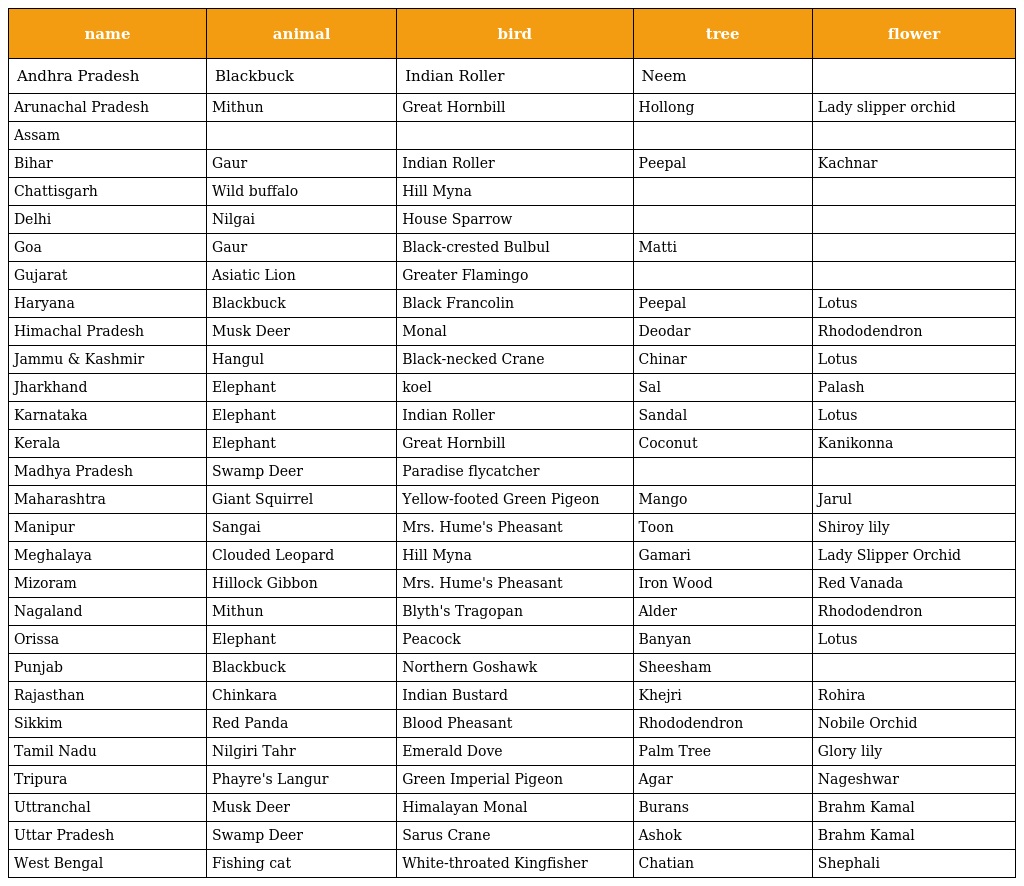
| name | animal | bird | tree | flower |
 | --- | --- | --- | --- | --- |
 | Andhra Pradesh | Blackbuck | Indian Roller | Neem |  |
 | Arunachal Pradesh | Mithun | Great Hornbill | Hollong | Lady slipper orchid |
 | Assam |  |  |  |  |
 | Bihar | Gaur | Indian Roller | Peepal | Kachnar |
 | Chattisgarh | Wild buffalo | Hill Myna |  |  |
 | Delhi | Nilgai | House Sparrow |  |  |
 | Goa | Gaur | Black-crested Bulbul | Matti |  |
 | Gujarat | Asiatic Lion | Greater Flamingo |  |  |
 | Haryana | Blackbuck | Black Francolin | Peepal | Lotus |
 | Himachal Pradesh | Musk Deer | Monal | Deodar | Rhododendron |
 | Jammu & Kashmir | Hangul | Black-necked Crane | Chinar | Lotus |
 | Jharkhand | Elephant | koel | Sal | Palash |
 | Karnataka | Elephant | Indian Roller | Sandal | Lotus |
 | Kerala | Elephant | Great Hornbill | Coconut | Kanikonna |
 | Madhya Pradesh | Swamp Deer | Paradise flycatcher |  |  |
 | Maharashtra | Giant Squirrel | Yellow-footed Green Pigeon | Mango | Jarul |
 | Manipur | Sangai | Mrs. Hume's Pheasant | Toon | Shiroy lily |
 | Meghalaya | Clouded Leopard | Hill Myna | Gamari | Lady Slipper Orchid |
 | Mizoram | Hillock Gibbon | Mrs. Hume's Pheasant | Iron Wood | Red Vanada |
 | Nagaland | Mithun | Blyth's Tragopan | Alder | Rhododendron |
 | Orissa | Elephant | Peacock | Banyan | Lotus |
 | Punjab | Blackbuck | Northern Goshawk | Sheesham |  |
 | Rajasthan | Chinkara | Indian Bustard | Khejri | Rohira |
 | Sikkim | Red Panda | Blood Pheasant | Rhododendron | Nobile Orchid |
 | Tamil Nadu | Nilgiri Tahr | Emerald Dove | Palm Tree | Glory lily |
 | Tripura | Phayre's Langur | Green Imperial Pigeon | Agar | Nageshwar |
 | Uttranchal | Musk Deer | Himalayan Monal | Burans | Brahm Kamal |
 | Uttar Pradesh | Swamp Deer | Sarus Crane | Ashok | Brahm Kamal |
 | West Bengal | Fishing cat | White-throated Kingfisher | Chatian | Shephali |